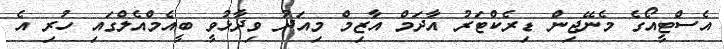
އެސްޓީއޯގެ މެނޭޖިން ޑިރެކްޓަރު އާދަމް އާޒިމް މިއަދު ވިދާޅުވީ ބީއެމްއެލްގައި ހުރި އެ